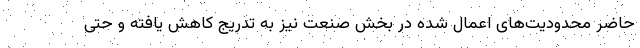
حاضر محدودیت‌های اعمال شده در بخش صنعت نیز به تدریج کاهش یافته و حتی